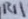
Text: R11